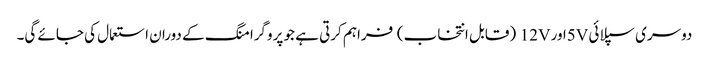
دوسری سپلائی 5Vاور 12V (قابل انتخاب) فراہم کرتی ہے جو پروگرامنگ کے دوران استعمال کی جائے گی۔